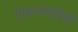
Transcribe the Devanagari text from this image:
निरूपणशैली